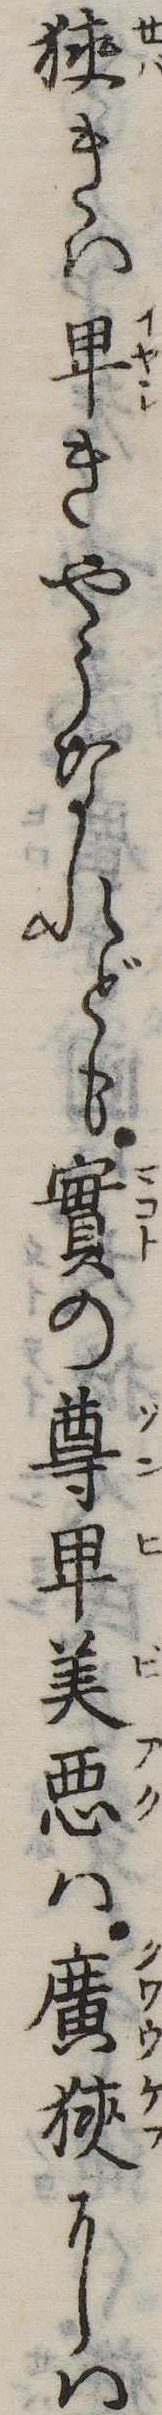
狭きは卑きやうなれども実の尊卑美悪は広狭には